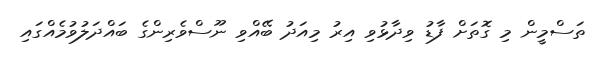
ތަސްމީން މި ގޮތަށް ފާޑު ވިދާޅުވި އިރު މިއަދު ބޭއްވި ނޫސްވެރިންގެ ބައްދަލުވުމެއްގައި